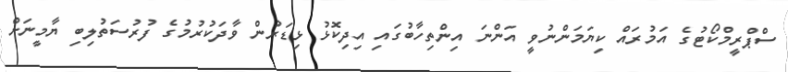
ސްޕްރީމްކޯޓުގެ އަމުރައް ކިޔަމަންނުވީ އަންނަ އިންތިހާބުގައި އިދިކޮޅު ޅިޑަރުން ވާދަކުރުމުގެ ފުރުސަތުލިބި ޔާމީނަށް